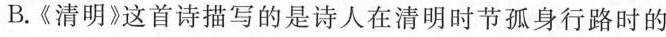
B.《清明》这首诗描写的是诗人在清明时节孤身行路时的